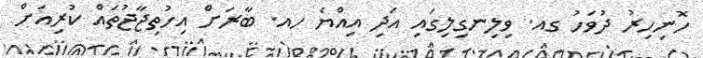
ހޮނިހިރު ދުވަހު ގއ. ވިލިނގިލިގައި އަދި އިއްޔެ ހއ. ބާރަށް އިހުތިޖާޖުތައް ކުރިއަށް